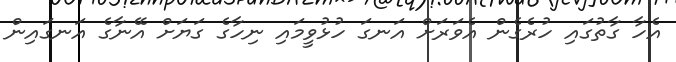
އެހާ ގާތުގައި ހުރެގެން އެވަރަށް އަނގަ ހުޅުވީމައި ނިހާގެ ގަޔަށް އޭނާގެ އަނގައިން